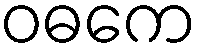
ဝဓကေ